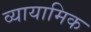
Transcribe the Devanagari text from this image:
व्यायामिक